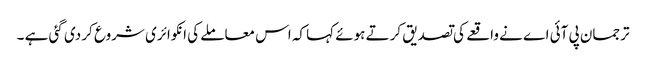
ترجمان پی آئی اے نے واقعے کی تصدیق کرتے ہوئے کہا کہ اس معاملے کی انکوائری شروع کر دی گئی ہے ۔